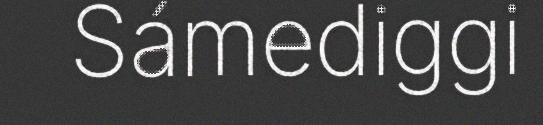
Sámediggi